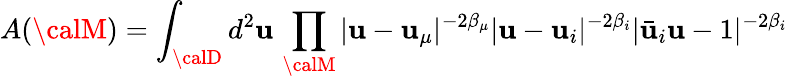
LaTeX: A({\calM})=\int_{\calD}d^{2}\mathbf{u}\, \prod_{{\calM}}|\mathbf{u}-\mathbf{u}_{\mu}|^{-2\beta_{\mu}}|\mathbf{u}-\mathbf{u}_{i}|^{-2\beta_{i}}|\bar{{\mathbf{u}}}_{i}\mathbf{u}-1|^{-2\beta_{i}}